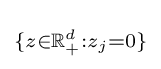
\scriptstyle \{z\in \mathbb {R} _{+}^{d}:z_{j}=0\}